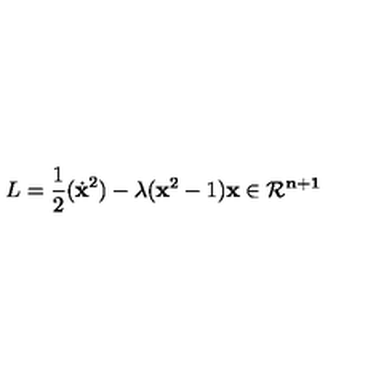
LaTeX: L = \frac { 1 } { 2 } ( \dot { \bf x } ^ { 2 } ) - \lambda ( { \bf x } ^ { 2 } - 1 ) \bf x \in { \cal R } ^ { n + 1 }